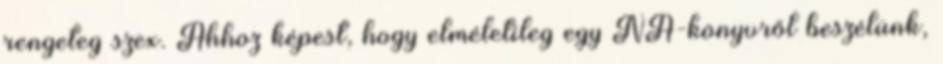
rengeteg szex. Ahhoz képest, hogy elméletileg egy NA-könyvről beszélünk,